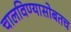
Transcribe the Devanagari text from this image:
चालविण्यासोबतच